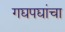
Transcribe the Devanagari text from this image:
गद्यपद्यांचा